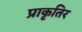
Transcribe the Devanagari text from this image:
प्राकृतिर